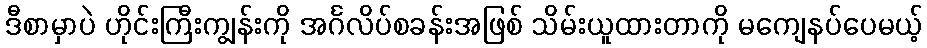
ဒီစာမှာပဲ ဟိုင်းကြီးကျွန်းကို အင်္ဂလိပ်စခန်းအဖြစ် သိမ်းယူထားတာကို မကျေနပ်ပေမယ့်